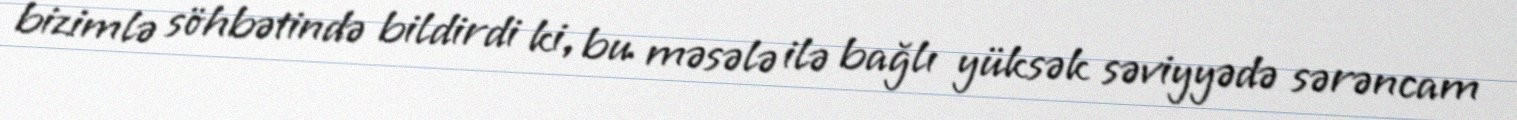
bizimlə söhbətində bildirdi ki, bu məsələ ilə bağlı yüksək səviyyədə sərəncam